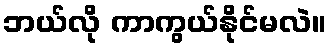
ဘယ်လို ကာကွယ်နိုင်မလဲ။